Newspaper: Alexandria gazette. [volume]
Place of publication: Alexandria, D.C.
Publisher: Edgar Snowden
Date: 1860-04-24 00:00:00
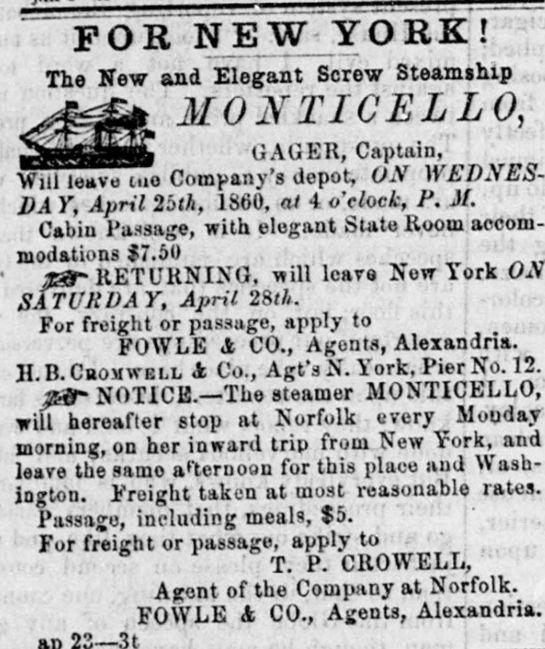
Advertisement text (OCR):
FOR NEW YORK ! The New and Elegant Screw Steamship MONT1 CELLO, GAGER, Captain, Will leave tue Company's depot, ON 1)A Y, April 2bth, I860, at 4 o'clock, P. M. Cabin Passage, with elegant State Room modations #7.50 RETURNING, will leave New York SATURDAY, April 28th. j For freight or passage, apply to POWLE A CO., Agents, Alexandria. H. I!. Cromwell A Co., Agt's N. York, Pier No. 12. NOTICE.?The steamer MONTICELLO, will hereafter stop at Norfolk every morning, on her inward trip from New York, leave the sarno aFterno?n for this place and Wash ington. Freight taken at most reasonable rates. Passage, including meals, $5. For freight or passage, apply to T. P. CROWELL, Agent of the Company at Norfolk. FOWLE A CO., Agents, Alexandria.
Label: illustrations